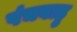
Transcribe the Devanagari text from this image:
पंचबाहु